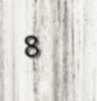
8